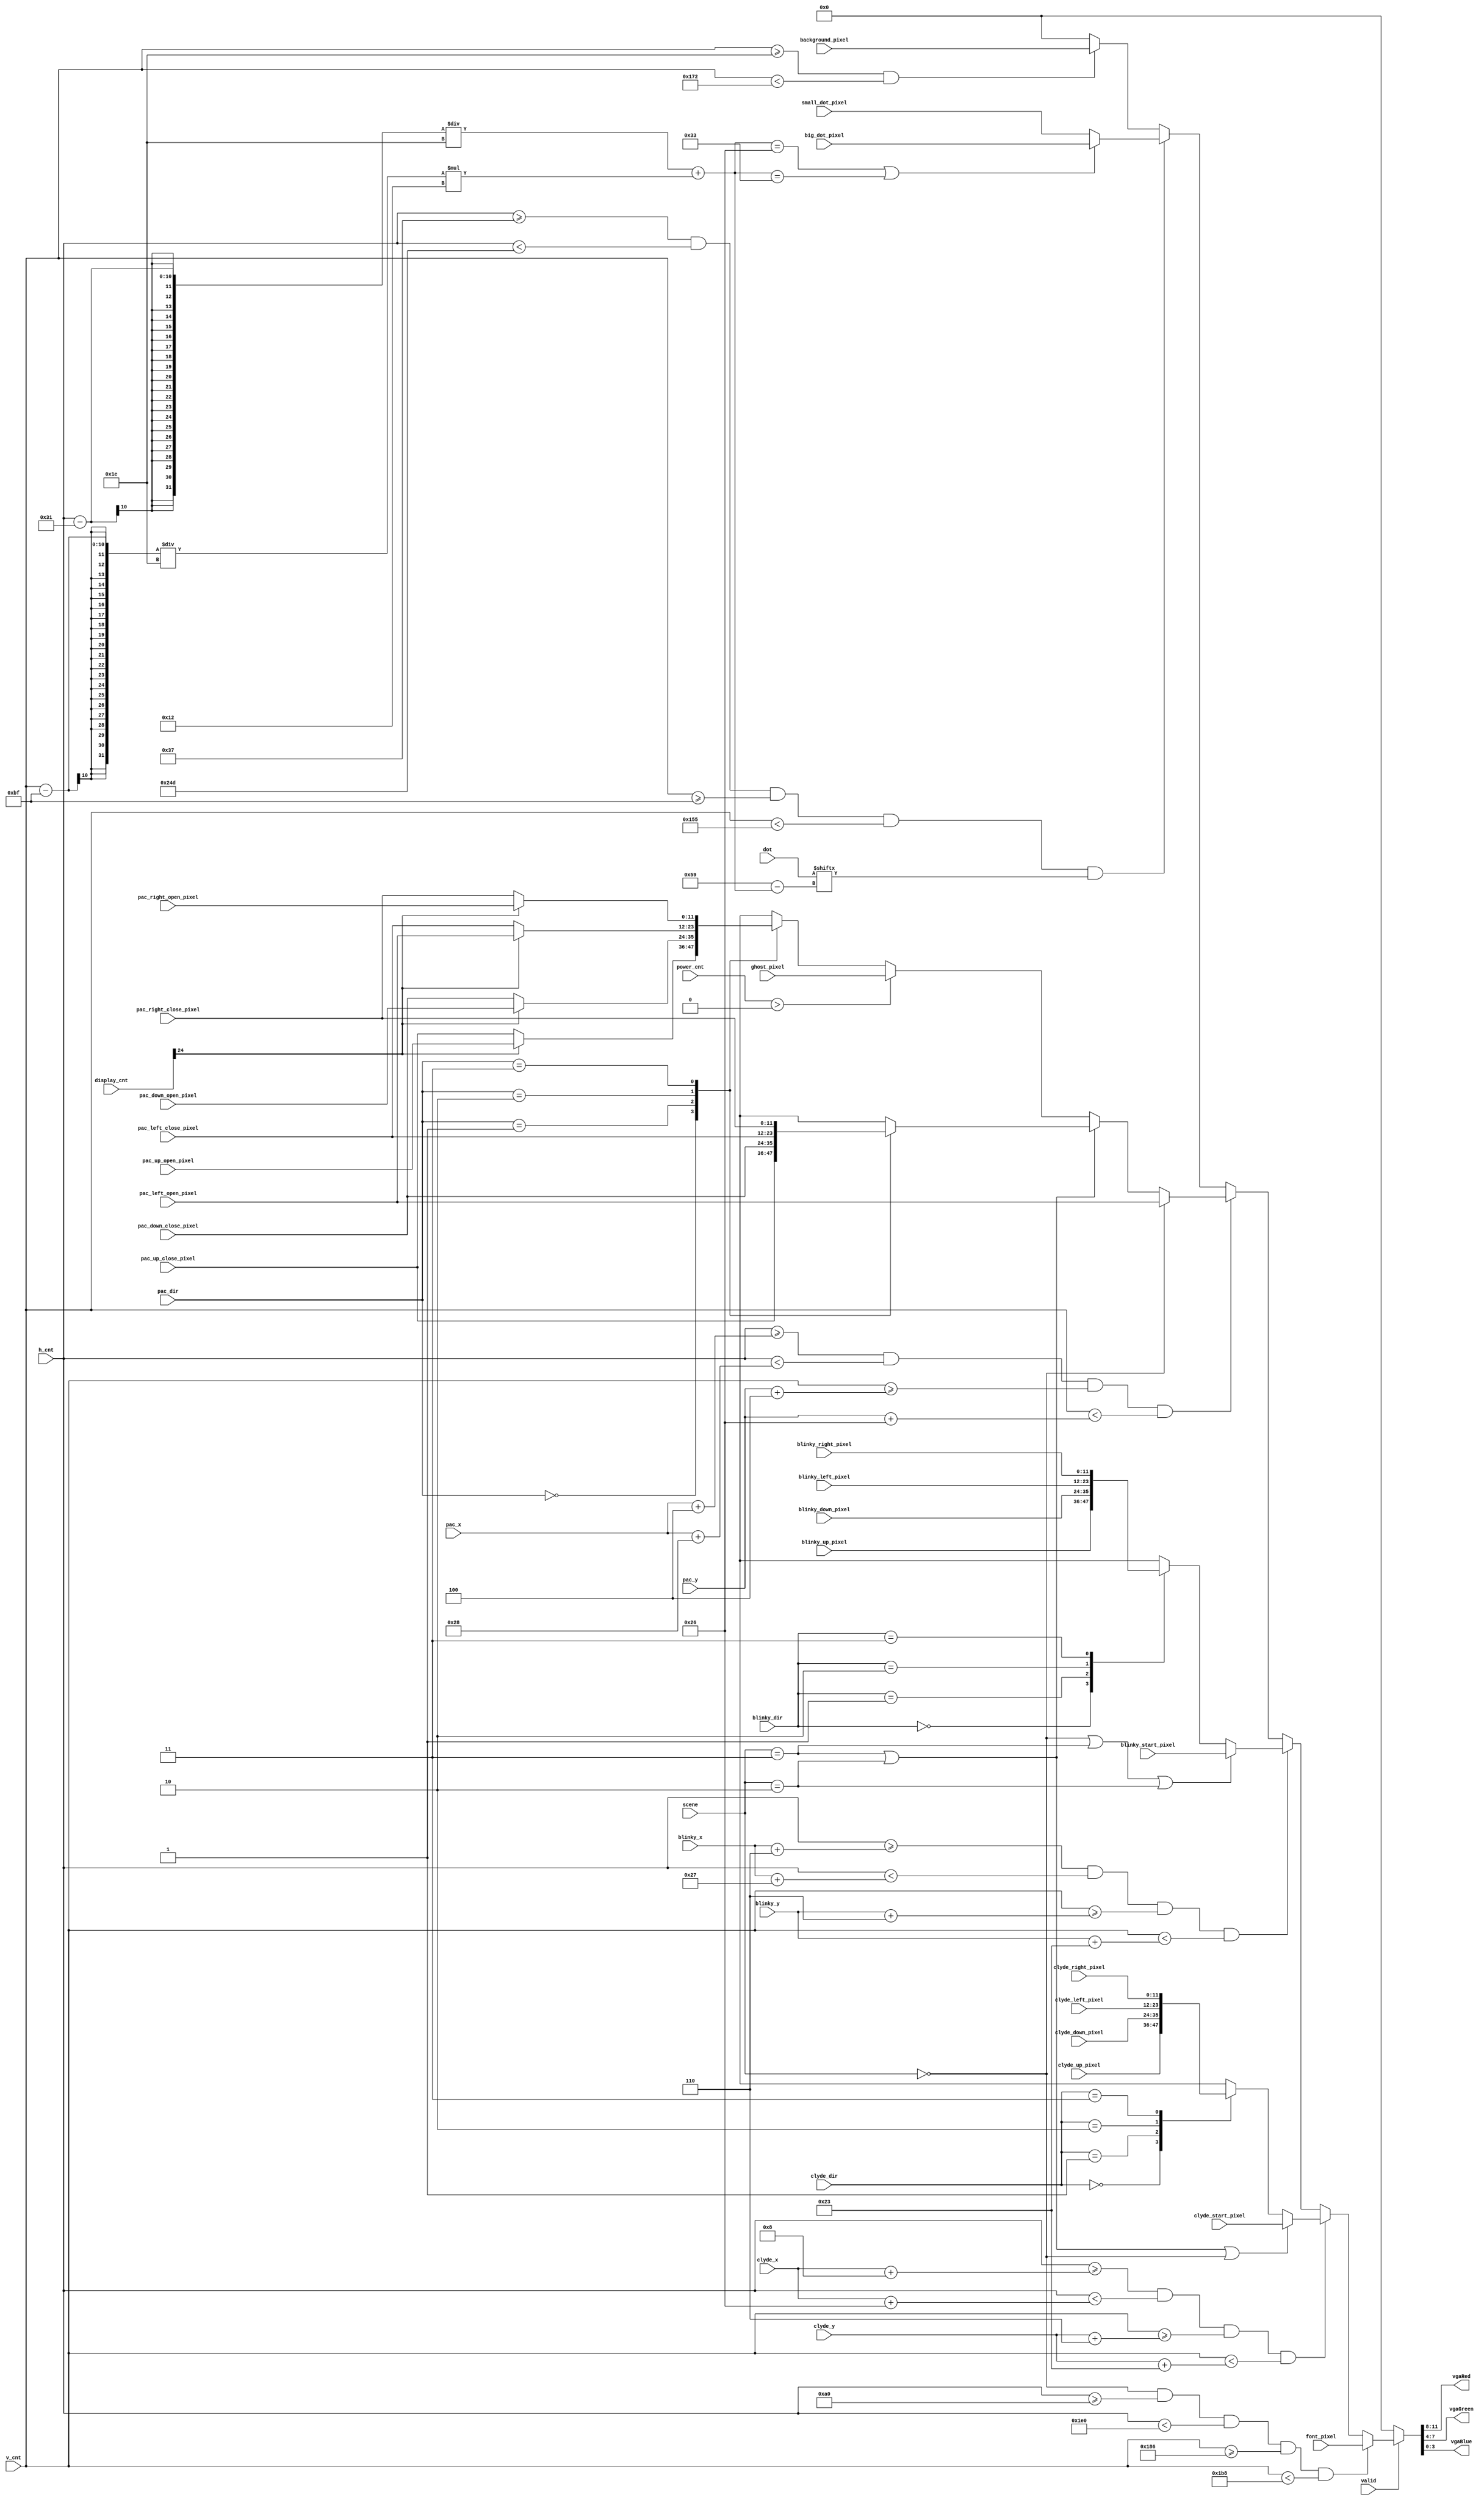
module pixel_gen(
    input valid,
    input [1:0] scene,
    input [9:0] h_cnt,
    input [9:0] v_cnt,
    input [11:0] small_dot_pixel,
    input [11:0] big_dot_pixel,
    input [11:0] ghost_pixel,
    input [11:0] pac_right_open_pixel,
    input [11:0] pac_right_close_pixel,
    input [11:0] pac_left_open_pixel,
    input [11:0] pac_left_close_pixel,
    input [11:0] pac_up_open_pixel,
    input [11:0] pac_up_close_pixel,
    input [11:0] pac_down_open_pixel,
    input [11:0] pac_down_close_pixel,
    input [11:0] blinky_right_pixel,
    input [11:0] blinky_left_pixel,
    input [11:0] blinky_up_pixel,
    input [11:0] blinky_down_pixel,
    input [11:0] blinky_start_pixel,
    input [11:0] clyde_right_pixel,
    input [11:0] clyde_left_pixel,
    input [11:0] clyde_up_pixel,
    input [11:0] clyde_down_pixel,
    input [11:0] clyde_start_pixel,
    input [11:0] background_pixel,
    input [11:0] font_pixel,
    input [9:0] pac_x,
    input [9:0] pac_y,
    input [9:0] blinky_x,
    input [9:0] blinky_y,
    input [9:0] clyde_x,
    input [9:0] clyde_y,
    input [1:0] pac_dir,
    input [1:0] blinky_dir,
    input [1:0] clyde_dir,
    input [26:0] display_cnt,
    input [2:0] power_cnt,
    input [0:89] dot,
    output [3:0] vgaRed,
    output [3:0] vgaGreen,
    output [3:0] vgaBlue,
    );
    
    parameter up = 2'b00;
    parameter down = 2'b01;
    parameter left = 2'b10;
    parameter right = 2'b11;
    
    parameter start_scene = 2'b00;
    parameter play_scene = 2'b01;
    parameter win_scene = 2'b10;
    parameter lose_scene = 2'b11;

    reg [11:0] get_pixel;

    assign {vgaRed, vgaGreen, vgaBlue} = get_pixel;
    
    // When patterns overlap, the output priority is
    // first display pacman, clyde and blinky,
    // then display the wall, dots and the power_bean
    // finally display the background
    always@(*) begin
        if(valid == 1'b1) begin 
            if(scene == start_scene && h_cnt >= 160 && h_cnt < 480 && v_cnt >= 390 && v_cnt < 440) get_pixel = font_pixel;
            else if(h_cnt >= clyde_x + 8 && h_cnt < clyde_x + 38 && v_cnt >= clyde_y + 6 && v_cnt < clyde_y + 35) begin
                if(scene == lose_scene || scene == win_scene || scene == start_scene) get_pixel = clyde_start_pixel;
                else begin
                    case(clyde_dir)
                        up: get_pixel =  clyde_up_pixel;
                        down: get_pixel = clyde_down_pixel;
                        left: get_pixel = clyde_left_pixel;
                        right: get_pixel = clyde_right_pixel;
                        default: get_pixel = clyde_right_pixel;
                    endcase
                end
            end
            else if(h_cnt >= blinky_x + 6 && h_cnt < blinky_x + 39 && v_cnt >= blinky_y + 6 && v_cnt < blinky_y + 35) begin
                if(scene == start_scene || scene == lose_scene || scene == win_scene) get_pixel = blinky_start_pixel;
                else begin
                    case(blinky_dir)
                        up: get_pixel =  blinky_up_pixel;
                        down: get_pixel = blinky_down_pixel;
                        left: get_pixel = blinky_left_pixel;
                        right: get_pixel = blinky_right_pixel;
                        default: get_pixel = blinky_right_pixel;
                    endcase
                end
            end
            else if(h_cnt >= pac_x + 4 && h_cnt < pac_x + 40 && v_cnt >= pac_y + 4 && v_cnt < pac_y + 38) begin
                if(scene == start_scene) get_pixel = pac_left_open_pixel;
                else if(scene == lose_scene || scene == win_scene) begin
                    case(pac_dir)
                        up: get_pixel = pac_up_close_pixel;
                        down: get_pixel = pac_down_close_pixel;
                        left: get_pixel = pac_left_close_pixel;
                        right: get_pixel = pac_right_close_pixel;
                        default: get_pixel = pac_right_open_pixel;
                    endcase
                end
                else if(power_cnt > 0) get_pixel = ghost_pixel;
                else begin
                    case(pac_dir)
                        up: get_pixel = display_cnt[24] ? pac_up_open_pixel : pac_up_close_pixel;
                        down: get_pixel = display_cnt[24] ? pac_down_open_pixel : pac_down_close_pixel;
                        left: get_pixel = display_cnt[24] ? pac_left_open_pixel : pac_left_close_pixel;
                        right: get_pixel = display_cnt[24] ? pac_right_open_pixel : pac_right_close_pixel;
                        default: get_pixel = pac_right_open_pixel;
                    endcase
                end
            end 
            else if(h_cnt >= 55 && h_cnt < 589 && v_cnt >= 191 && v_cnt < 341 && dot[((h_cnt - 49) / 30) + ((v_cnt - 191) / 30) * 18]) begin 
                if(((h_cnt - 49) / 30) + ((v_cnt - 191) / 30) * 18 == 38 || ((h_cnt - 49) / 30) + ((v_cnt - 191) / 30) * 18 == 51) get_pixel = big_dot_pixel;
                else get_pixel = small_dot_pixel;
            end
            else if(v_cnt >= 30 && v_cnt < 370) get_pixel = background_pixel;
            else get_pixel = 12'h0;
        end
        else get_pixel = 12'h0;
    end
endmodule